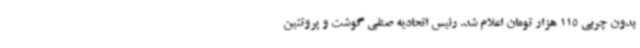
بدون چربی 115 هزار تومان اعلام شد. رئیس اتحادیه صنفی گوشت و پروتئین